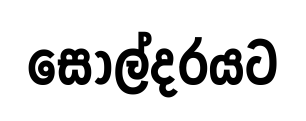
සොල්දරයට